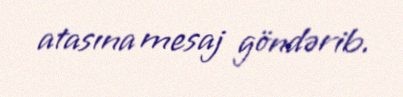
atasına mesaj göndərib.